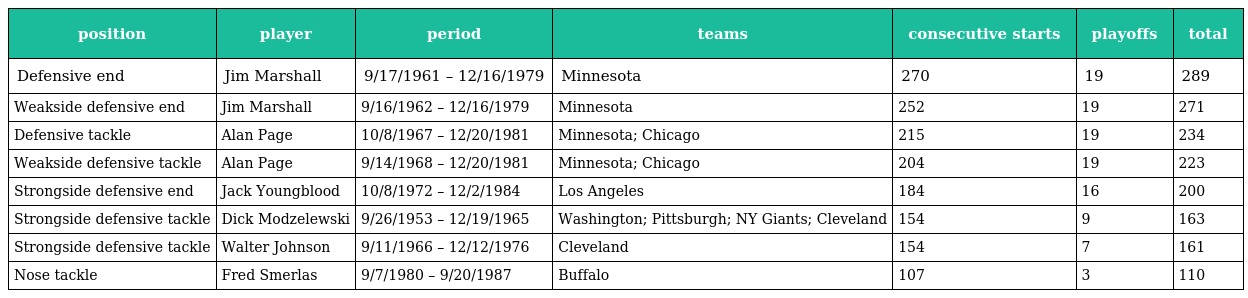
| position | player | period | teams | consecutive starts | playoffs | total |
 | --- | --- | --- | --- | --- | --- | --- |
 | Defensive end | Jim Marshall | 9/17/1961 – 12/16/1979 | Minnesota | 270 | 19 | 289 |
 | Weakside defensive end | Jim Marshall | 9/16/1962 – 12/16/1979 | Minnesota | 252 | 19 | 271 |
 | Defensive tackle | Alan Page | 10/8/1967 – 12/20/1981 | Minnesota; Chicago | 215 | 19 | 234 |
 | Weakside defensive tackle | Alan Page | 9/14/1968 – 12/20/1981 | Minnesota; Chicago | 204 | 19 | 223 |
 | Strongside defensive end | Jack Youngblood | 10/8/1972 – 12/2/1984 | Los Angeles | 184 | 16 | 200 |
 | Strongside defensive tackle | Dick Modzelewski | 9/26/1953 – 12/19/1965 | Washington; Pittsburgh; NY Giants; Cleveland | 154 | 9 | 163 |
 | Strongside defensive tackle | Walter Johnson | 9/11/1966 – 12/12/1976 | Cleveland | 154 | 7 | 161 |
 | Nose tackle | Fred Smerlas | 9/7/1980 – 9/20/1987 | Buffalo | 107 | 3 | 110 |